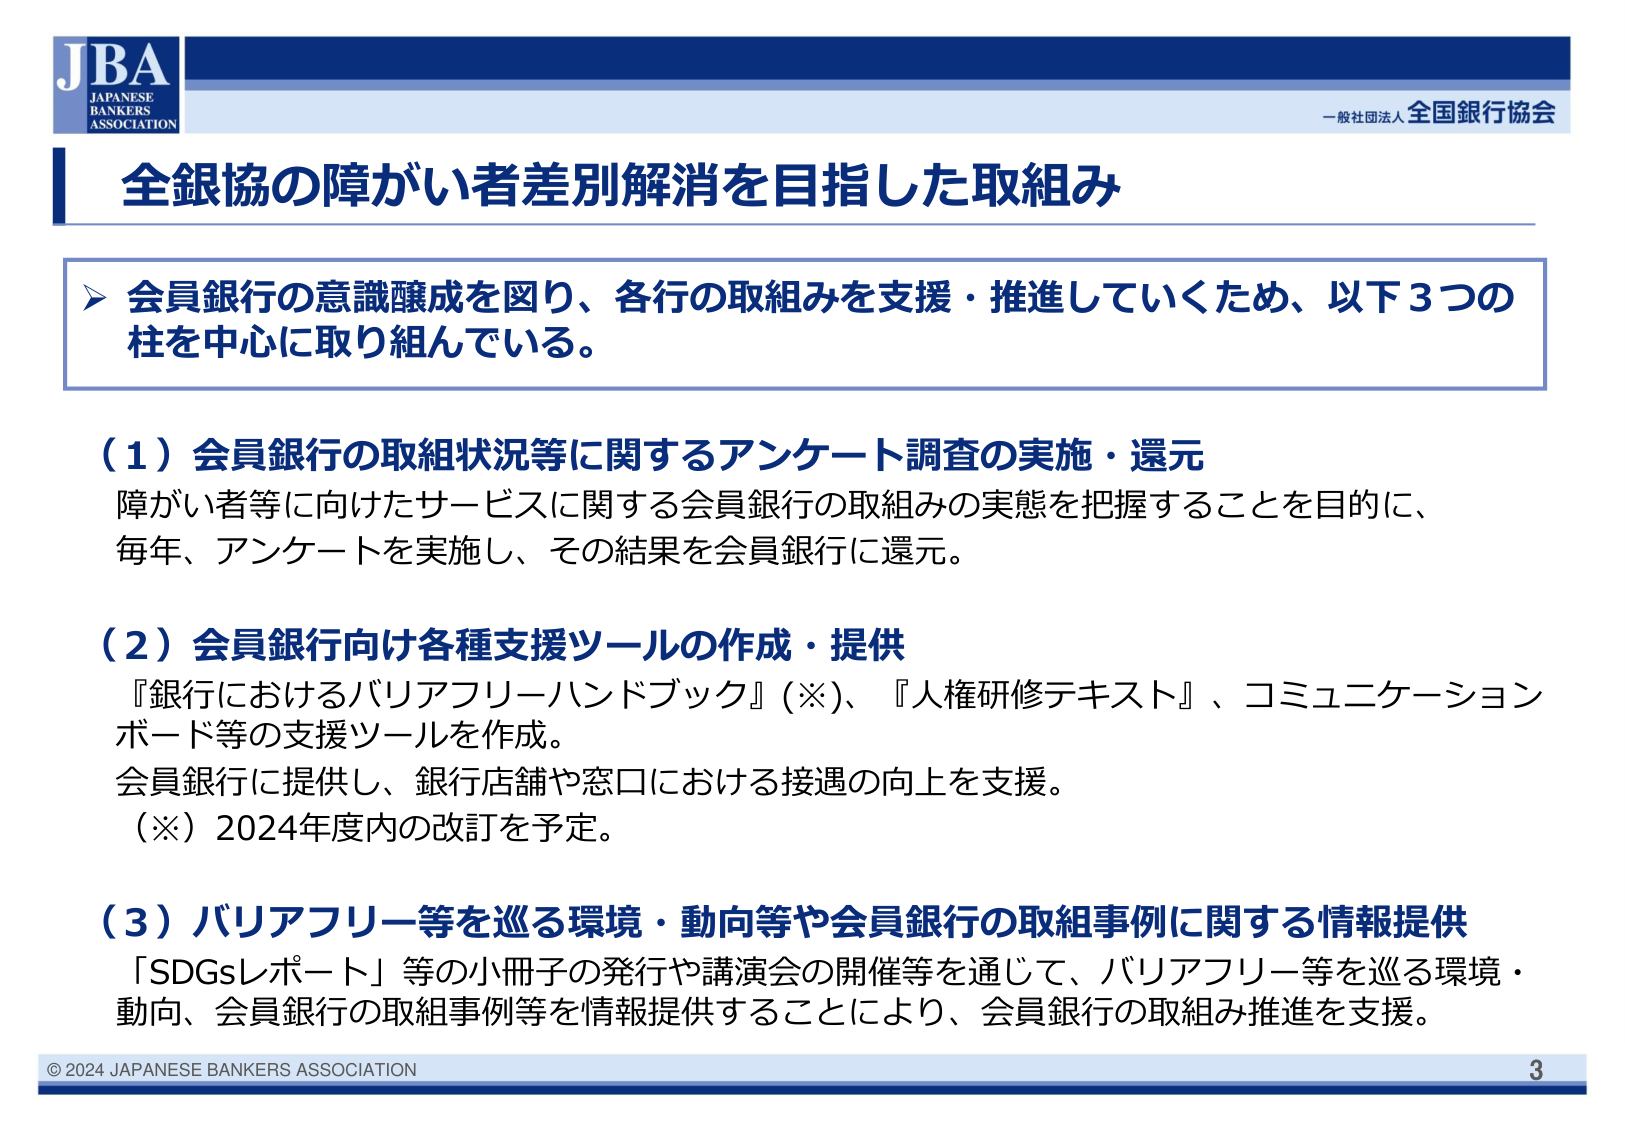
JBA
JAPANESE
BANKERS
ASSOCIATION

一般社団法人 全国銀行協会

全銀協の障がい者差別解消を目指した取組み

➤ 会員銀行の意識醸成を図り、各行の取組みを支援・推進していくため、以下3つの柱を中心に取り組んでいる。

（1）会員銀行の取組状況等に関するアンケート調査の実施・還元
障がい者等に向けたサービスに関する会員銀行の取組みの実態を把握することを目的に、
毎年、アンケートを実施し、その結果を会員銀行に還元。

（2）会員銀行向け各種支援ツールの作成・提供
『銀行におけるバリアフリーハンドブック』（※）、『人権研修テキスト』、コミュニケーションボード等の支援ツールを作成。
会員銀行に提供し、銀行店舗や窓口における接遇の向上を支援。
（※）2024年度内の改訂を予定。

（3）バリアフリー等を巡る環境・動向等や会員銀行の取組事例に関する情報提供
「SDGsレポート」等の小冊子の発行や講演会の開催等を通じて、バリアフリー等を巡る環境・動向、会員銀行の取組事例等を情報提供することにより、会員銀行の取組み推進を支援。

© 2024 JAPANESE BANKERS ASSOCIATION
3